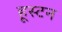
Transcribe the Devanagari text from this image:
हूस्टन